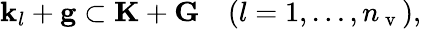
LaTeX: \mathbf{k}_{l}+\mathbf{g}\subset\mathbf{K}+\mathbf{G}\quad(l=1,\ldots,n_{\mathrm{~v~}}),